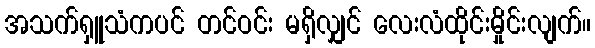
အသက်ရှူသံကပင် တင်ဝင်း မရှိလျှင် လေးလံထိုင်းမှိုင်းလျက်။